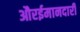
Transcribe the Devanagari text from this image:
औरईमानदारी